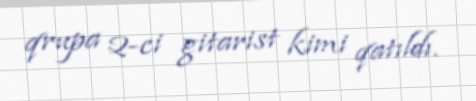
qrupa 2-ci gitarist kimi qatıldı.